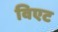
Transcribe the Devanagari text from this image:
विएट